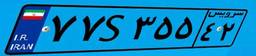
۷۷S۳۵۵۴۲